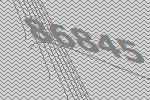
86845